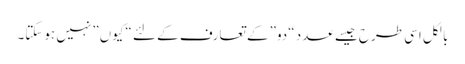
بالکل اسی طرح جیسے عدد “دو” کے تعارف کے لئے “کیوں” نہیں ہوسکتا۔